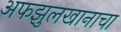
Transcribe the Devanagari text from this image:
अफझुलखानाचा